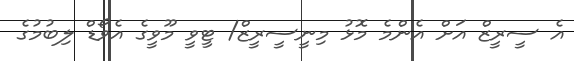
އެ ސީރީޒް އަށް އެންމެ މޮޅު މިނީސީރީޒް/ ޓީވީ މޫވީގެ އެވޯޑް ލިބުމުގެ